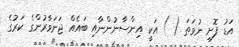
އަޑު ފޮށި ނުވަތަ ( ) އަކީ އިންސާނުންނާއި ބައެއް ޖަނަވާރުންގެ ކަރުގެ